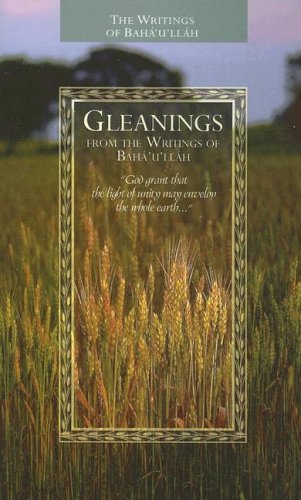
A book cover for Gleanings from the Writings of Baha'u'llah; Baha'u'llah; Religion & Spirituality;